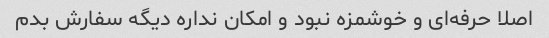
اصلا حرفه‌ای و خوشمزه نبود و امکان نداره دیگه سفارش بدم